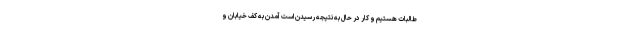
طالبات هستیم و کار در حال به نتیجه رسیدن است آمدن به کف خیابان و